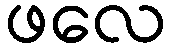
ဖလေ